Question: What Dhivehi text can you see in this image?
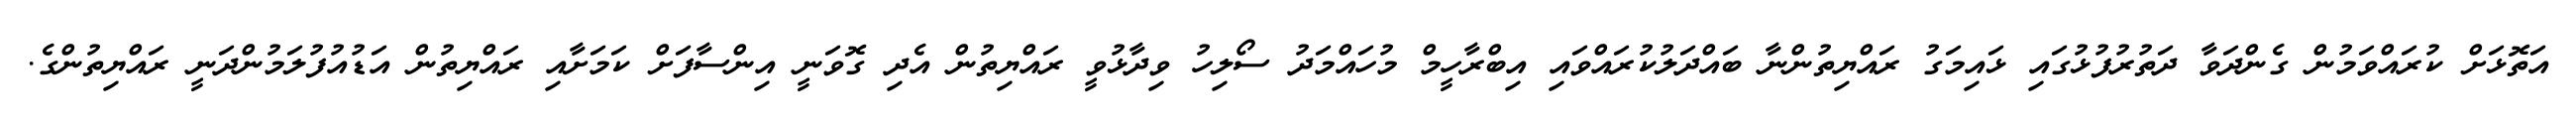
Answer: އަތޮޅަށް ކުރައްވަމުން ގެންދަވާ ދަތުރުފުޅުގައި ޅައިމަގު ރައްޔިތުންނާ ބައްދަލުކުރައްވައި އިބްރާހީމް މުހައްމަދު ސޯލިހު ވިދާޅުވީ ރައްޔިތުން އެދި ގޮވަނީ އިންސާފަށް ކަމަށާއި ރައްޔިތުން އަޑުއުފުލަމުންދަނީ ރައްޔިތުންގެ.